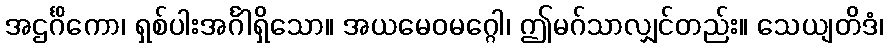
အဌင်္ဂိကော၊ ရှစ်ပါးအင်္ဂါရှိသော။ အယမေဝမဂ္ဂေါ၊ ဤမဂ်သာလျှင်တည်း။ သေယျတိဒံ၊